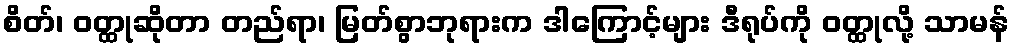
စိတ်၊ ဝတ္ထုဆိုတာ တည်ရာ၊ မြတ်စွာဘုရားက ဒါကြောင့်များ ဒီရုပ်ကို ဝတ္ထုလို့ သာမန်